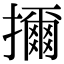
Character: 擟